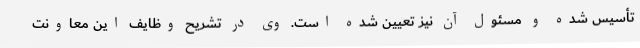
تأسیس شده و مسئول آن نیز تعیین شده است. وی در تشریح وظایف این معاونت